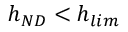
h _ { N D } < h _ { l i m }